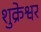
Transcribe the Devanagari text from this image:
शुक्रेश्वर